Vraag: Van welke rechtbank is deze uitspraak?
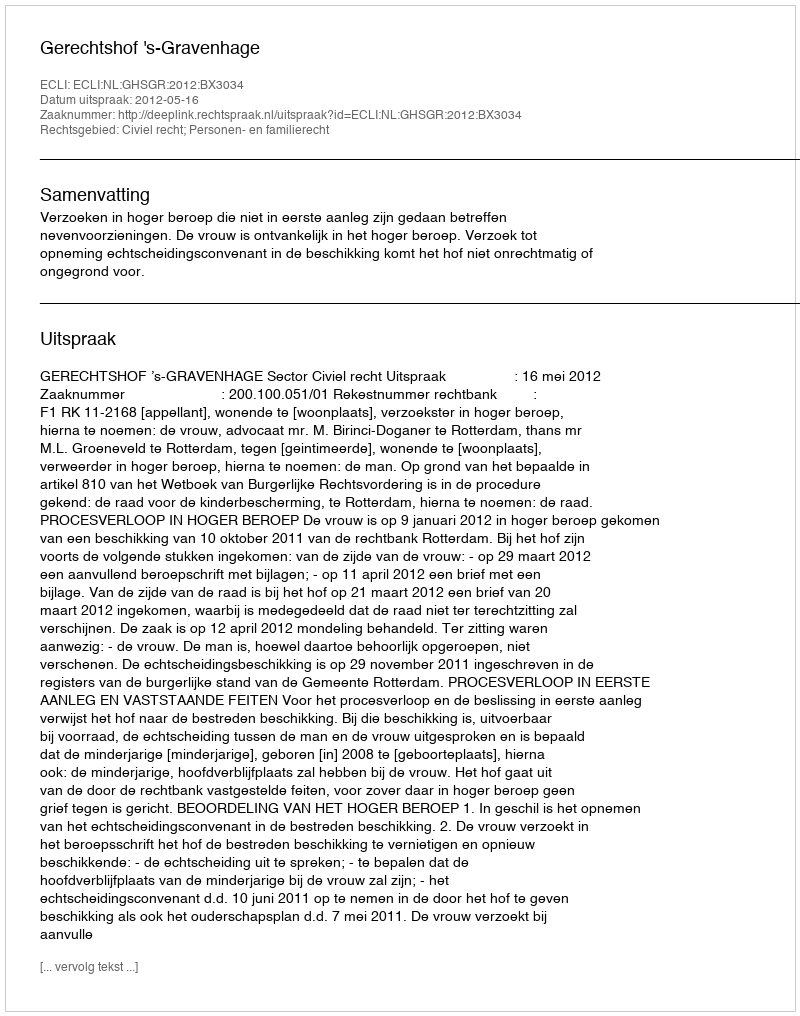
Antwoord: Gerechtshof 's-Gravenhage